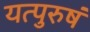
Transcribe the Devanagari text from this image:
यत्पुरुषं